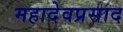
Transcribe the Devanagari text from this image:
महादेवप्रसाद